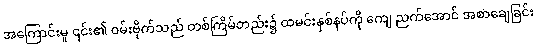
အကြောင်းမူ ၎င်း၏ ဝမ်းဗိုက်သည် တစ်ကြိမ်တည်း၌ ထမင်းနှစ်နပ်ကို ကျေ ညက်အောင် အစာချေခြင်း